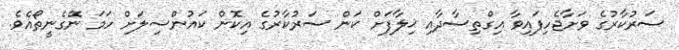
ސަރުކާރުގެ ވަށާޖެހިފައިވާ އިގްތިސާދާއި ޚިލާފަށް ކަން ސަރުކާރުގެ އިކޮން ކައުންސިލަށް ހަމަ ނޭގެނީތޯއެވެ.